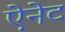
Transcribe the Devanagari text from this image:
ऐनेट